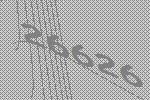
26626